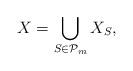
LaTeX: \begin{align*} X=\bigcup_{S\in \mathcal{P}_{m}}X_{S}, \end{align*}